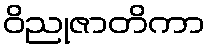
ဝိညုဇာတိကာ